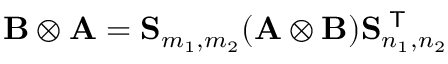
\mathbf { B } \otimes \mathbf { A } = \mathbf { S } _ { m _ { 1 } , m _ { 2 } } ( \mathbf { A } \otimes \mathbf { B } ) \mathbf { S } _ { n _ { 1 } , n _ { 2 } } ^ { \textsf { T } }